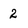
Character: 2